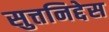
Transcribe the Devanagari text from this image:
सुत्तनिद्देस